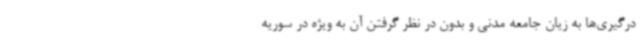
درگیری‌ها به زیان جامعه مدنی و بدون در نظر گرفتن آن به ویژه در سوریه